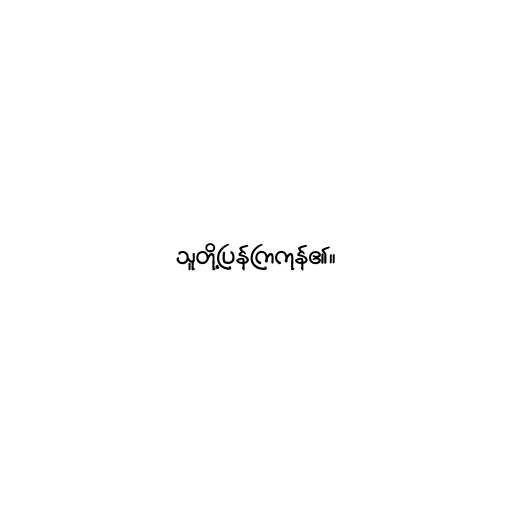
သူတို့ပြန်ကြကုန်၏။